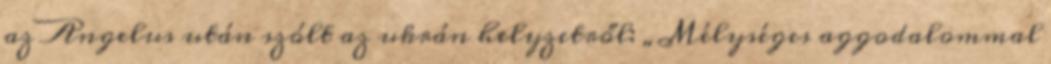
az Angelus után szólt az ukrán helyzetről: „Mélységes aggodalommal